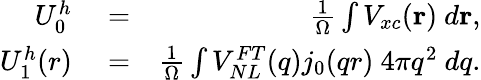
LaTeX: \begin{array}{rlr}{U_{0}^{h}}&{{}=}&{\frac{1}{\Omega}\int V_{xc}({\mathbf r})~d{\mathbf r},}\\ {U_{1}^{h}(r)}&{{}=}&{\frac{1}{\Omega}\int V_{NL}^{FT}(q)j_{0}(qr)~4\pi q^{2}~dq.}\end{array}